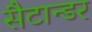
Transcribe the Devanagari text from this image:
सैटान्डर